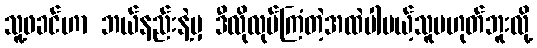
သူ့ဖခင်ဟာ ဘယ်နည်းနဲ့မှ ဒီလိုလုပ်ကြံတဲ့အထဲပါမယ့်သူမဟုတ်ဘူးလို့